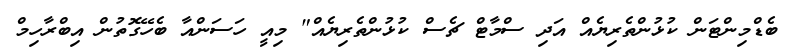
ބެޑްމިންޓަން ކުޅުންތެރިޔެއް އަދި ސްމާޓް ޗެސް ކުޅުންތެރިޔެއް" މިއީ ހަސަންއާ ބެހޭގޮތުން އިބްރާހިމް